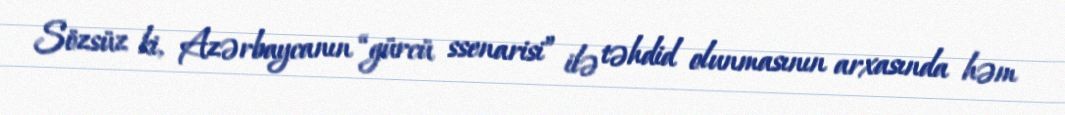
Sözsüz ki, Azərbaycanın “gürcü ssenarisi” ilə təhdid olunmasının arxasında həm